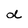
Character: d